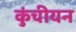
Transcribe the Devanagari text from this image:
कुंचीयन